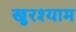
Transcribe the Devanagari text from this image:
खुरश्याम